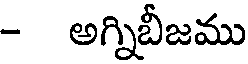
- అగ్నిబీజము